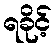
ရခိုင့်